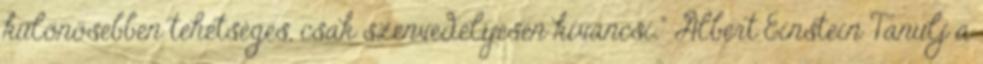
különösebben tehetséges, csak szenvedélyesen kíváncsi." Albert Einstein Tanulj a